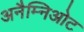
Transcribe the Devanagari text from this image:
अनैम्निओट